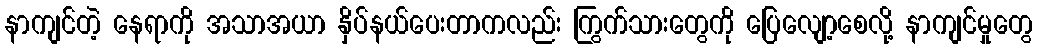
နာကျင်တဲ့ နေရာကို အသာအယာ နှိပ်နယ်ပေးတာကလည်း ကြွက်သားတွေကို ပြေလျော့စေလို့ နာကျင်မှုတွေ